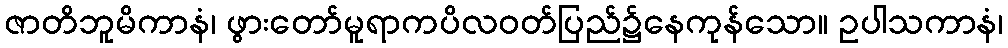
ဇာတိဘူမိကာနံ၊ ဖွားတော်မူရာကပိလဝတ်ပြည်၌နေကုန်သော။ ဥပါသကာနံ၊